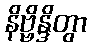
နိဗ္ဗိန္ဒိတွာ